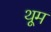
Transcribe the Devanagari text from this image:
थूम